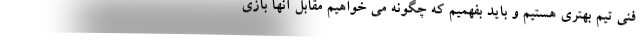
فنی تیم بهتری هستیم و باید بفهمیم که چگونه می خواهیم مقابل آنها بازی